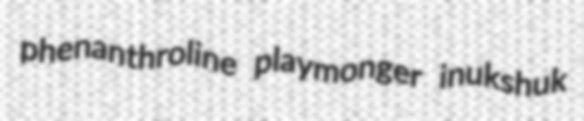
phenanthroline playmonger inukshuk